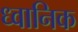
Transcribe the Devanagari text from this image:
ध्‍वानिक